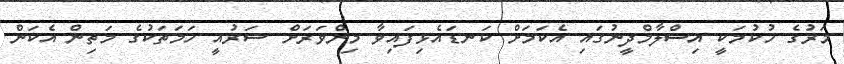
މަރުގެ ހުކުމަކީ އިސްލާމްދީނުގައި އެކަމަށް ކަނޑައެޅިފައިވާ މިންވަރަށް ޝަރުއީ ހަމަތަކުގެ މަތިން އެކަން